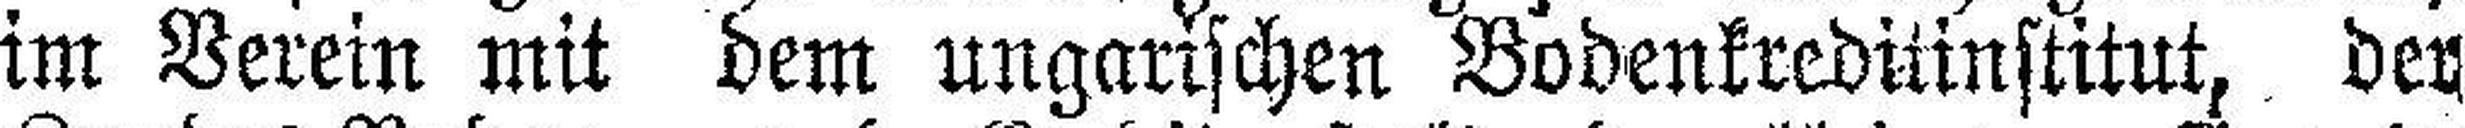
im Verein mit dem ungarischen Bodenkrediünstitut, der